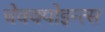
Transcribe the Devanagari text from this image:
चेक्क्पोइन्त्स